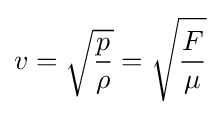
v={\sqrt {\frac {p}{\rho }}}={\sqrt {\frac {F}{\mu }}}\,\!